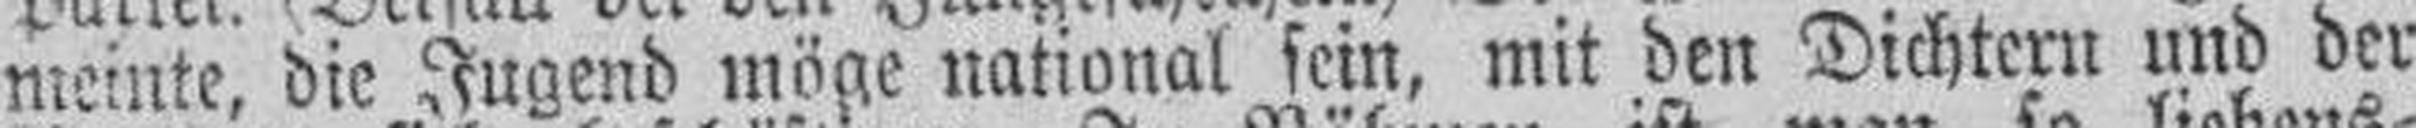
meinte, die Jugend möge national sein, mit den Dichtern und der